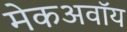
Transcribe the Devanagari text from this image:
मेकअवॉय